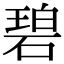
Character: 碧